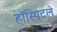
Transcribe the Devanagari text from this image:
हॉस्पिटले